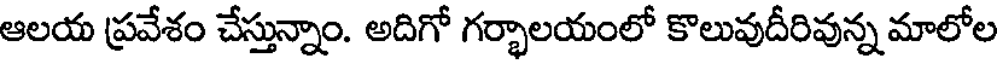
ఆలయ ప్రవేశం చేస్తున్నాం. అదిగో గర్భాలయంలో కొలువుదీరివున్న మాలోల